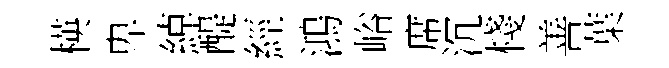
楧卑綽醍經鴻峪席沉棧善葉